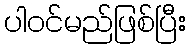
ပါဝင်မည်ဖြစ်ပြီး